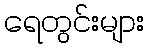
ရေတွင်းများ